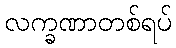
လက္ခဏာတစ်ရပ်